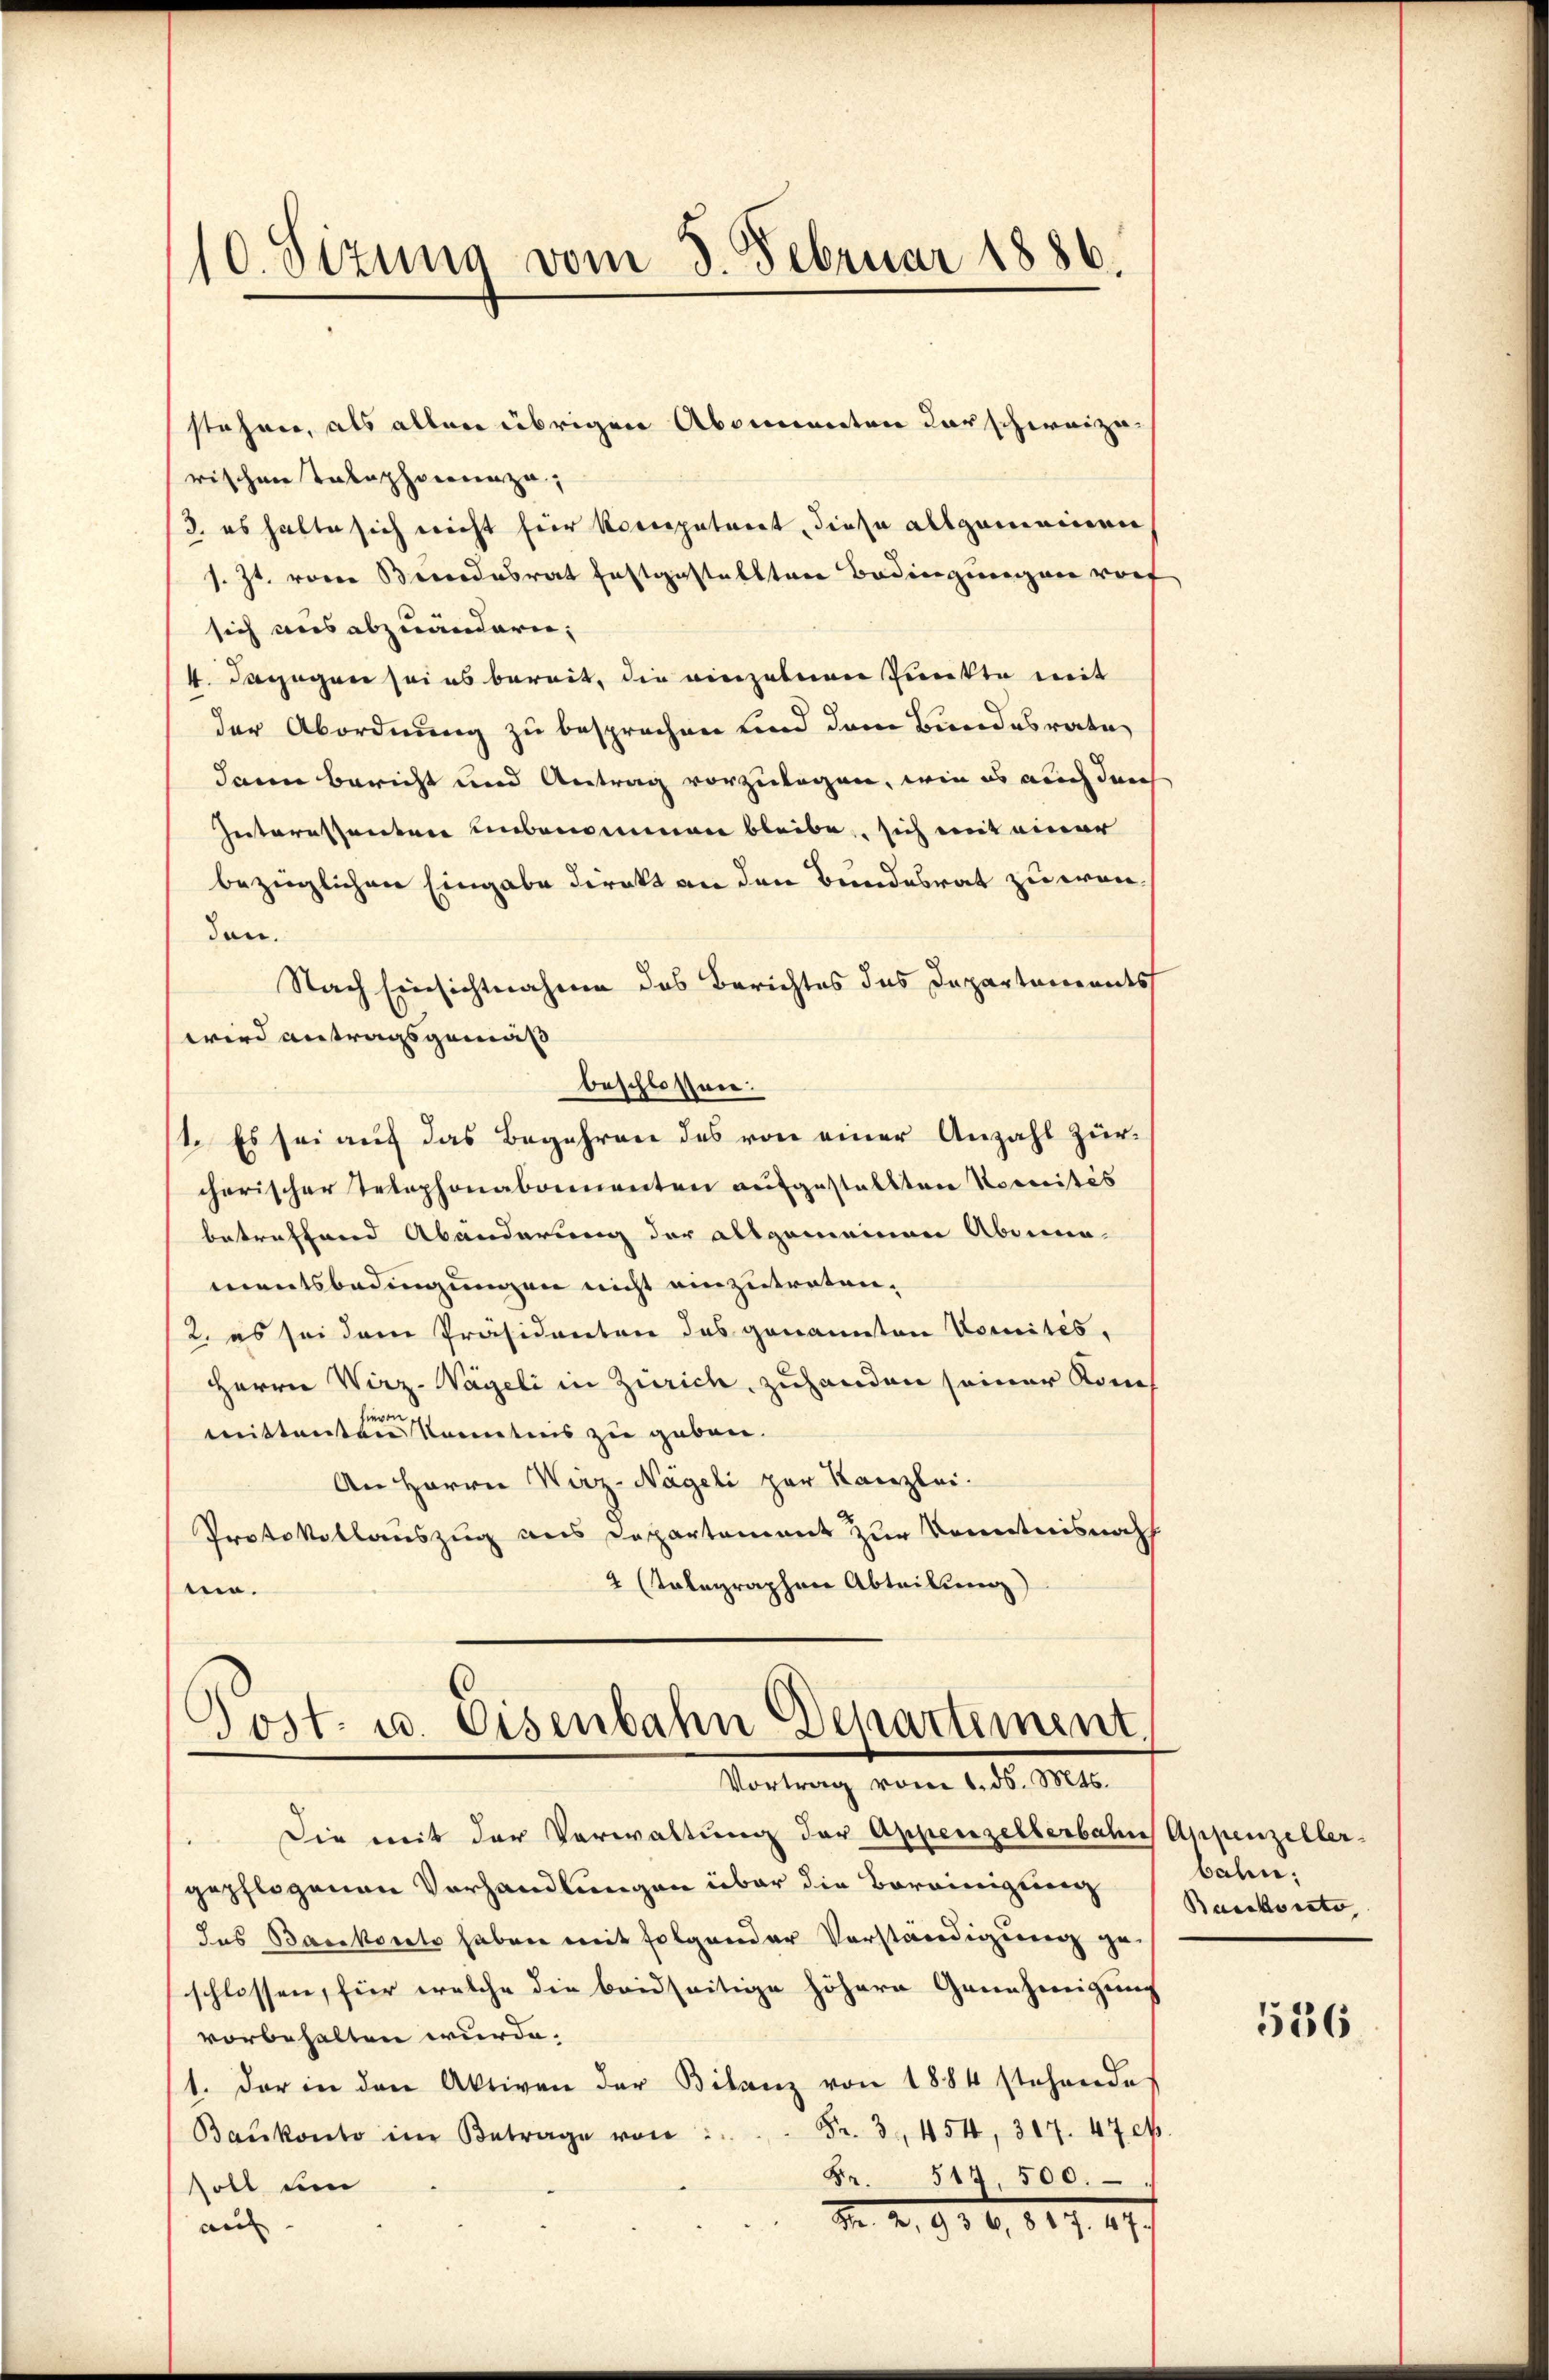
10. Sizung vom 5. Februar 1886.

stehen, als allen übrigen Abonnenten darschweize
rischen Telephonnaza,
/3. es halte sich nicht für Kompetiert, diese allgemeinen
s. Zt. vom Bundesrat festgestellten Bedingungen vorf
sich aus abzuändern;
4. Dagegen sei es bereit, die einzelnen Punkte mit
der Abordnung zu besprochen und dem Bundesrate
dann bericht und Antrag vorzulagen, wie es auch durch
Interessanten unbenommen bleibe, sich mit einer
bezinglichen Eingabe direkt an den Bundesrat zu erweden.
Nach Einsichtnahme des Berichtes das Departements
wird antragsgemäß
beschlossen.
1. Es sei auf das Begehren des von einer Anzahl zur
cherischer Telephonabamenten aufgestallten Komités
betreffend Abänderung der allgemeinen Abonne-
mentsbedingungen nicht einzutreten.
2. es sei dem Präsidenten das genannten Comités,
Herrn Wirz-Wägeli in Zürich, zuhanden seiner Konhier
mittenten Kenntnis zu geben.
An Herrn Wirz-Nägeli zur Kanzlei.
Protokollauszug aus Dappartement zur Kenntnisnah
2 (tolographen Abteilung)
m.
Post- u. Eisenbahn Departement

Vortrag vom 1. ds. Mts.

Die mit der Verwaltung der Appenzelberbahns Appenzeller-
gepflogenen Vorhandlungen über die Bereinigung
das Baukosts haben mit folgender Vorständigung ge
schlossen, für welche die beidseitige höhern Genehmigung
vorbehalten wurde.
1. Der in den Aktiven der Bilanz von 1884 stehende
Fr. 3. 454, 307. 47 et.
Baukonto im Betrage von
Fr. 514, 500.
soll den
N. N. 956, 819. 477
au

balen;
Baiskonto

536